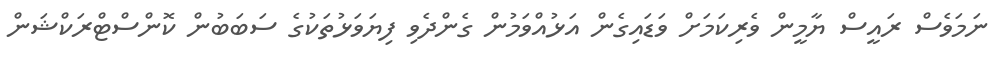
ނަމަވެސް ރައީސް ޔާމީން ވެރިކަމަށް ވަޑައިގެން އަޅުއްވަމުން ގެންދެވި ފިޔަވަޅުތަކުގެ ސަބަބުން ކޮންސްޓްރަކްޝަން